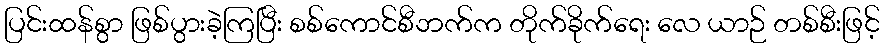
ပြင်းထန်စွာ ဖြစ်ပွားခဲ့ကြပြီး စစ်ကောင်စီဘက်က တိုက်ခိုက်ရေး လေ ယာဉ် တစ်စီးဖြင့်